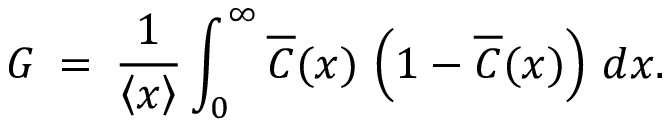
G \: = \: \frac { 1 } { \left\langle { x } \right\rangle } \int _ { 0 } ^ { \infty } \! \, \overline { { C } } ( x ) \, \left( 1 - \overline { { C } } ( x ) \right) \, d x .